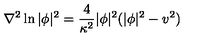
\nabla ^ { 2 } \ln | \phi | ^ { 2 } = \frac { 4 } { \kappa ^ { 2 } } | \phi | ^ { 2 } ( | \phi | ^ { 2 } - v ^ { 2 } )